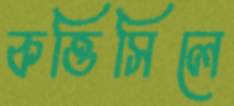
কত্তিসিলে